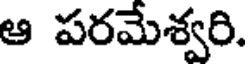
ఆ పరమేశ్వరి.